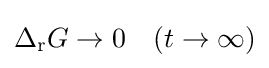
\Delta _{\mathrm {r} }G\to 0\quad (t\to \infty )